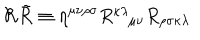
{ \cal { R } } { \tilde { \cal { R } } } \equiv { \cal { \eta } } ^ { \mu \nu \rho \sigma } R _ { \mu \nu } ^ { \kappa \lambda } R _ { \rho \sigma \kappa \lambda }